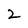
Character: 2